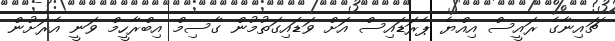
ޗައިނާގެ ރައީސް އިއްޔެ ޕެރަޑައިސް އަށް ވަޑައިގަތުމުން ގާސިމް އިބްރާހީމް ވަނީ އެރަށުން